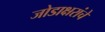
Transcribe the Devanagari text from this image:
जोडाक्षरांचे